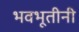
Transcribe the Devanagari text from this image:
भवभूतीनी